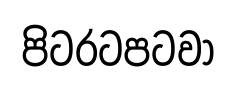
පිටරටපටවා